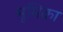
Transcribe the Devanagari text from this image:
मूमिका